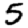
Digit: 5